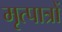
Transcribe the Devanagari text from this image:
मृत्पात्रों